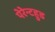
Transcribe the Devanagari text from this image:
पेरेन्टहुड